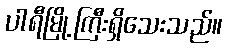
ပါရီမြို့ကြီးရှိသေးသည်။